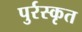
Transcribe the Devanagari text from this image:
पुर्रस्कृत